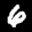
Label: 6